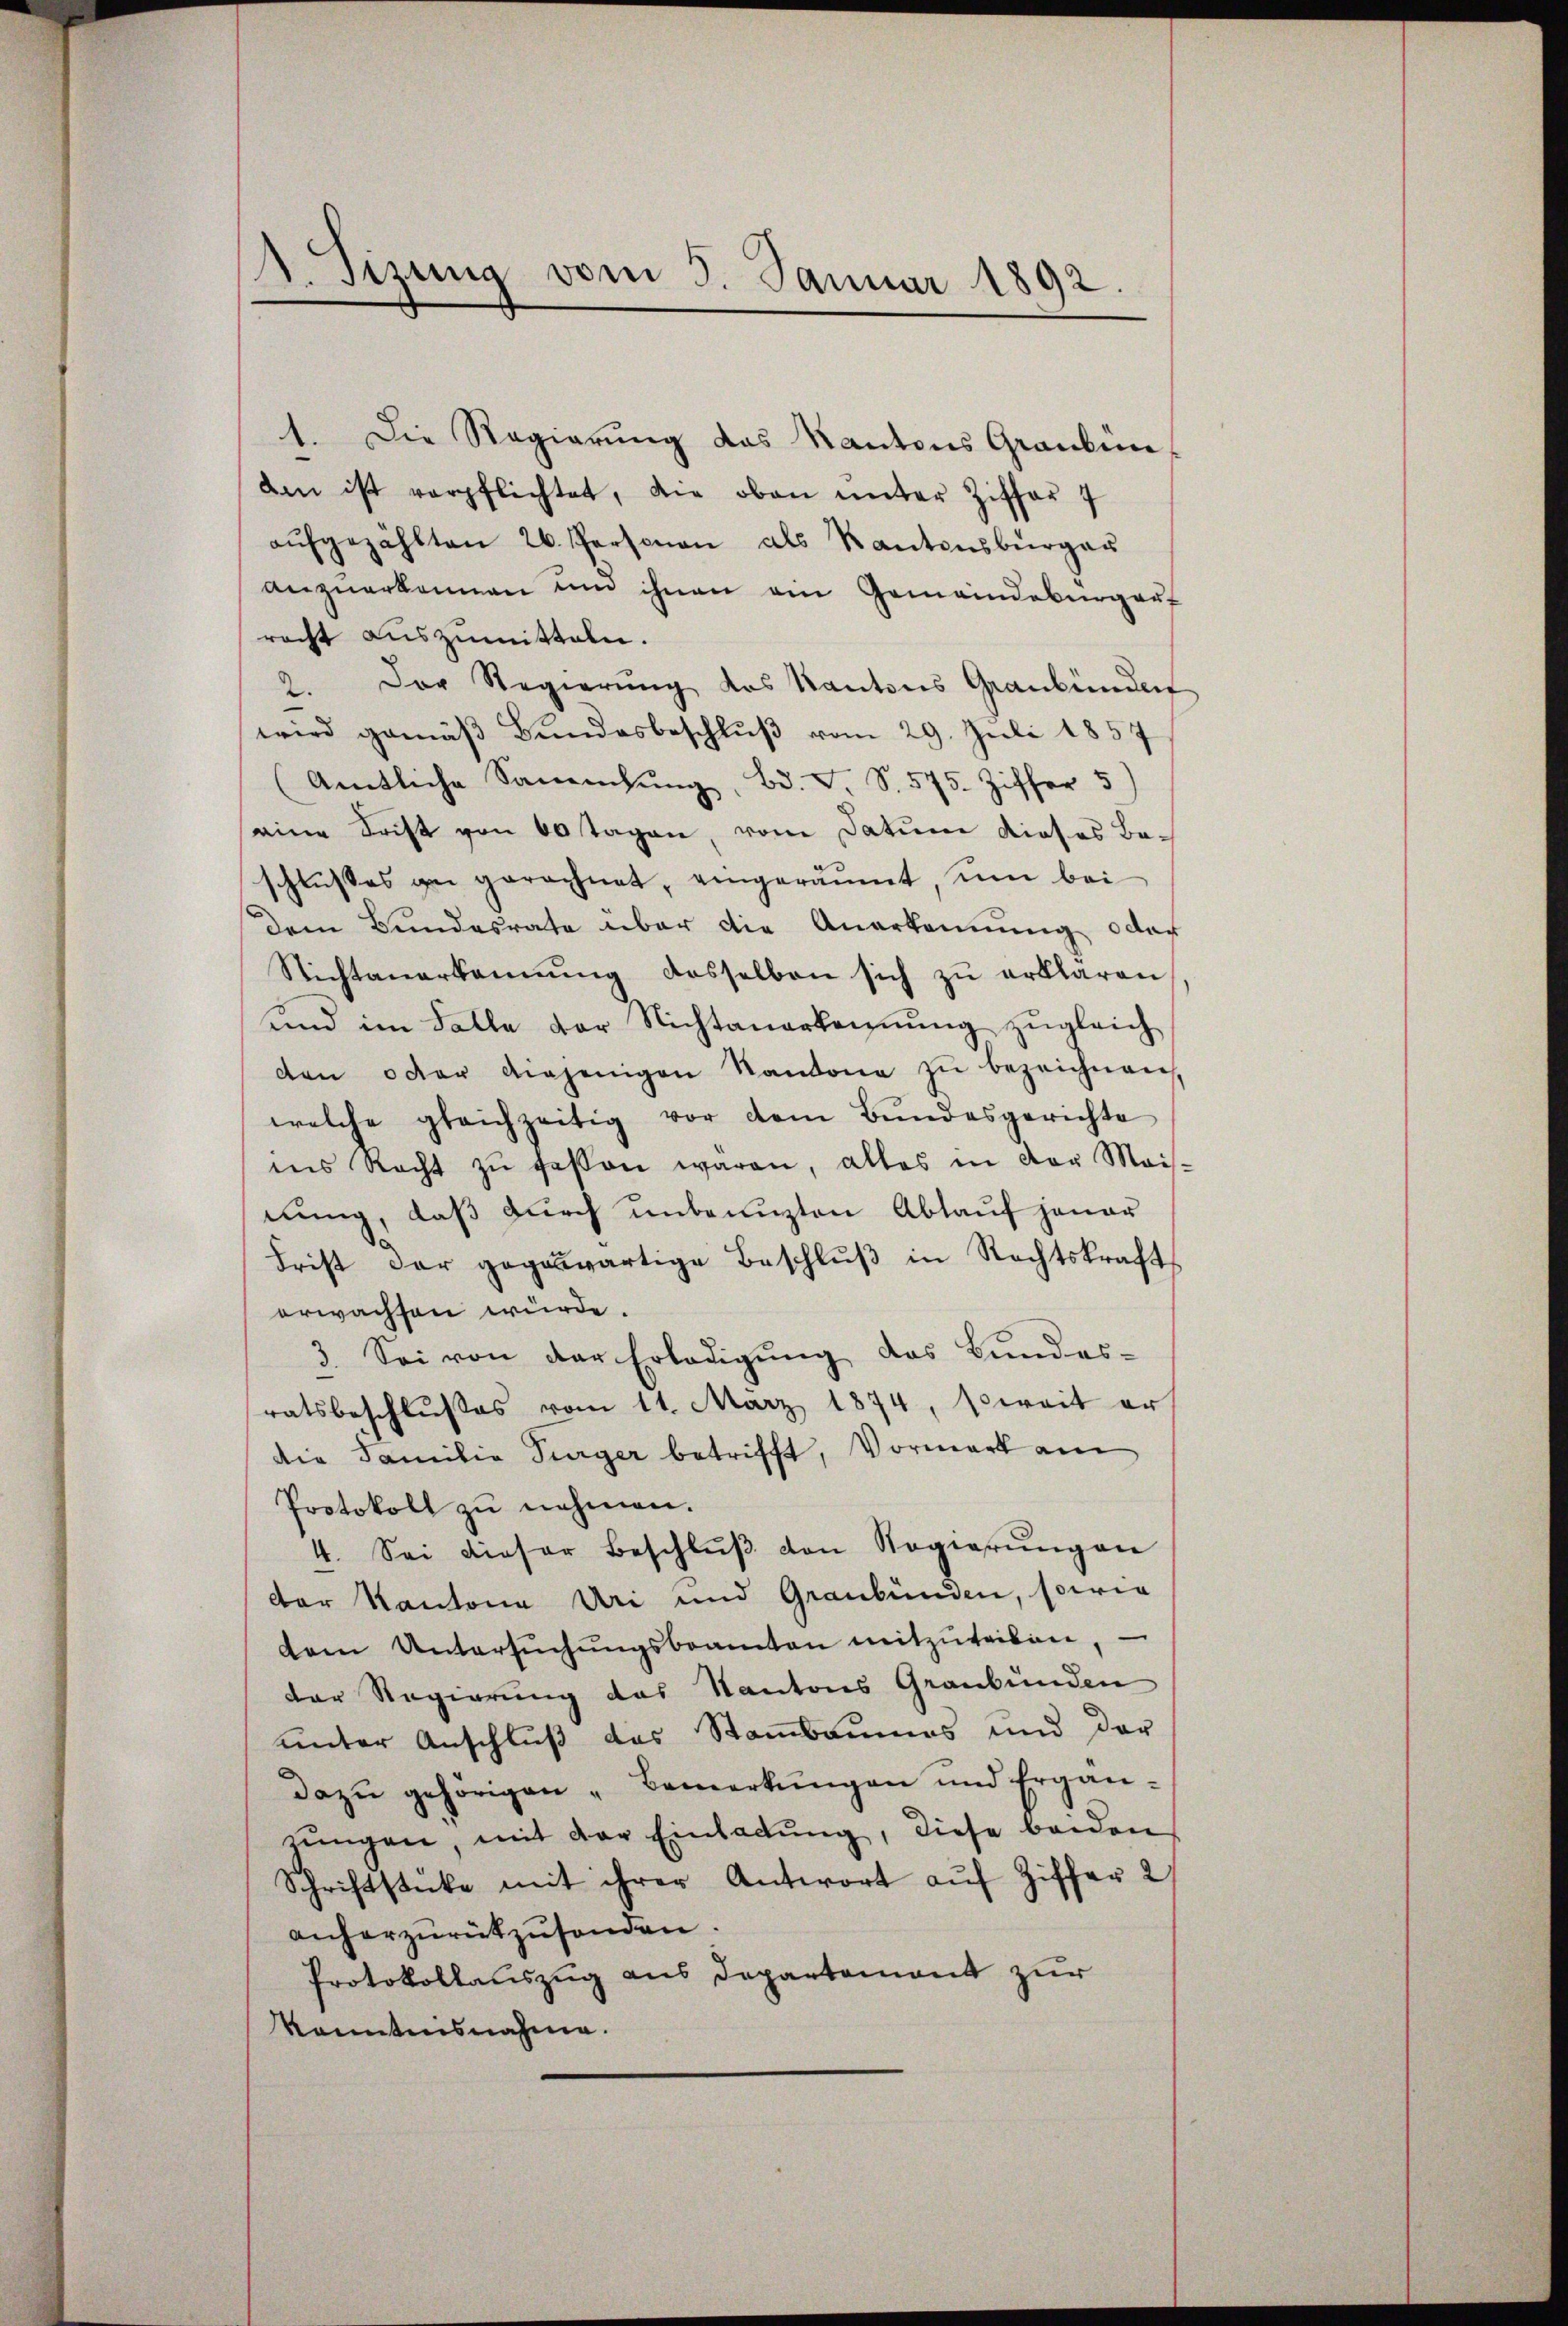
A. Tizung vom 5. Januar 1892.

1. Die Regierung das Kantons Grauben
den ist verpflichtet, die oben unter Ziffer 7
aŭfgezählten 26. Personen als Kantonsbürger
anzŭerkannen um ihnen am Gemeindebürger
recht auszumitteln.
2. Der Regierŭng des Kantons Graubünden
wird gemäβ Bŭndesbeschlŭβ vom 29. Juli 1857
(Amtliche Sanenlŭng, Bd. V. S. 575. Ziffer 5)
eine Frist von 60 Tagen, vom Datum dieses Ba-
schlußes zu gerechnet, eingeräumt, um bei
dem Bundesrate über die Anerkennung oder
Nichtanerkannŭng desselben sich zŭ erklären
und im Falle der Nichtanerkennung zugleich
den oder diejenigen Kantone zŭ bezeichnen,
welche gleichzeitig vor dem Bŭndesgerichte
ins Recht zŭ fassen waren, alles in der Mais-
nung, daß durch unbenuzten Ablauf jener
Frist der gegenwärtige Beschlŭβ in Rechtskraft,
erwachsen würde.
3. Sei von der Erledigŭng des Bŭndes-
ratsbeschlŭβes vom 11. März 1874, soweit er
die Familie Turger betrifft, Vormerk am
Protokoll zŭ nehmen.
4. Sei dieser Beschlŭβ den Regierŭngen
der Kantona Uri und Graubünden, sowie
dem Untersŭchŭngsbeamten mitzŭteilen,
der Regierung das Kantons Graubünden
unter Anschluß das Stammbaumes und der
dazŭ gehörigen "Bemerkŭngen und Ergän-
zŭngen, mit der Einladŭng, diese beiden
Schriftstücke mit ihrer Antwort auf Ziffer 2/
anhorzŭrükzŭsenden.
Protokollauszug aus Departement zur
kanntnisnahme.